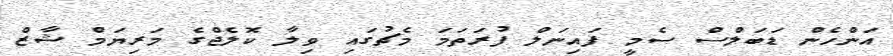
އަންހެން ޑަބަލްސް ސެމީ ފައިނަލް ފުރަތަމަ މެޗުގައި ވިލާ ކޮލެޖްގެ މަރިޔަމް ޝާޒް